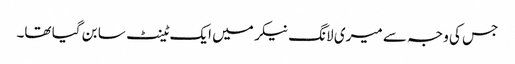
جس کی وجہ سے میری لانگ نیکر میں ایک ٹینٹ سا بن گیا تھا۔